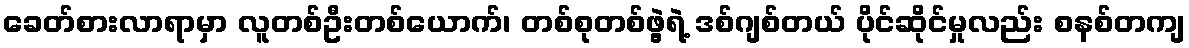
ခေတ်စားလာရာမှာ လူတစ်ဦးတစ်ယောက်၊ တစ်စုတစ်ဖွဲ့ရဲ့ ဒစ်ဂျစ်တယ် ပိုင်ဆိုင်မှုလည်း စနစ်တကျ